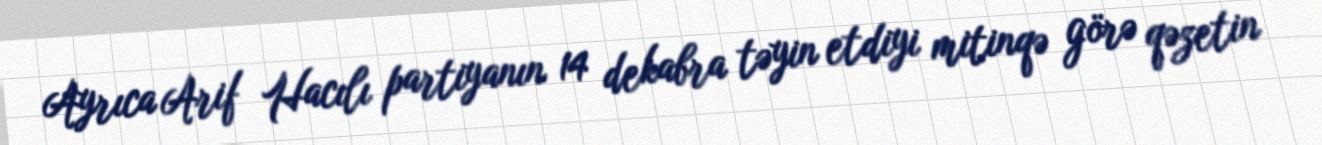
Ayrıca Arif Hacılı partiyanın 14 dekabra təyin etdiyi mitinqə görə qəzetin